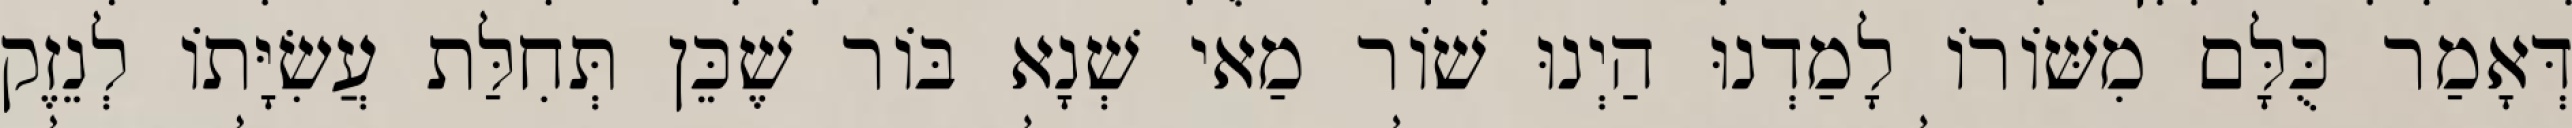
דְּאָמַר כֻּלָּם מִשּׁוֹרוֹ לָמַדְנוּ הַיְנוּ שׁוֹר מַאי שְׁנָא בּוֹר שֶׁכֵּן תְּחִלַּת עֲשִׂיָּתוֹ לְנֵזֶק